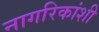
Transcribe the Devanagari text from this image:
नागरिकांशी